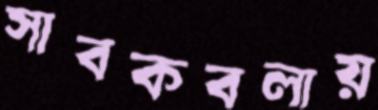
সাবকবলায়